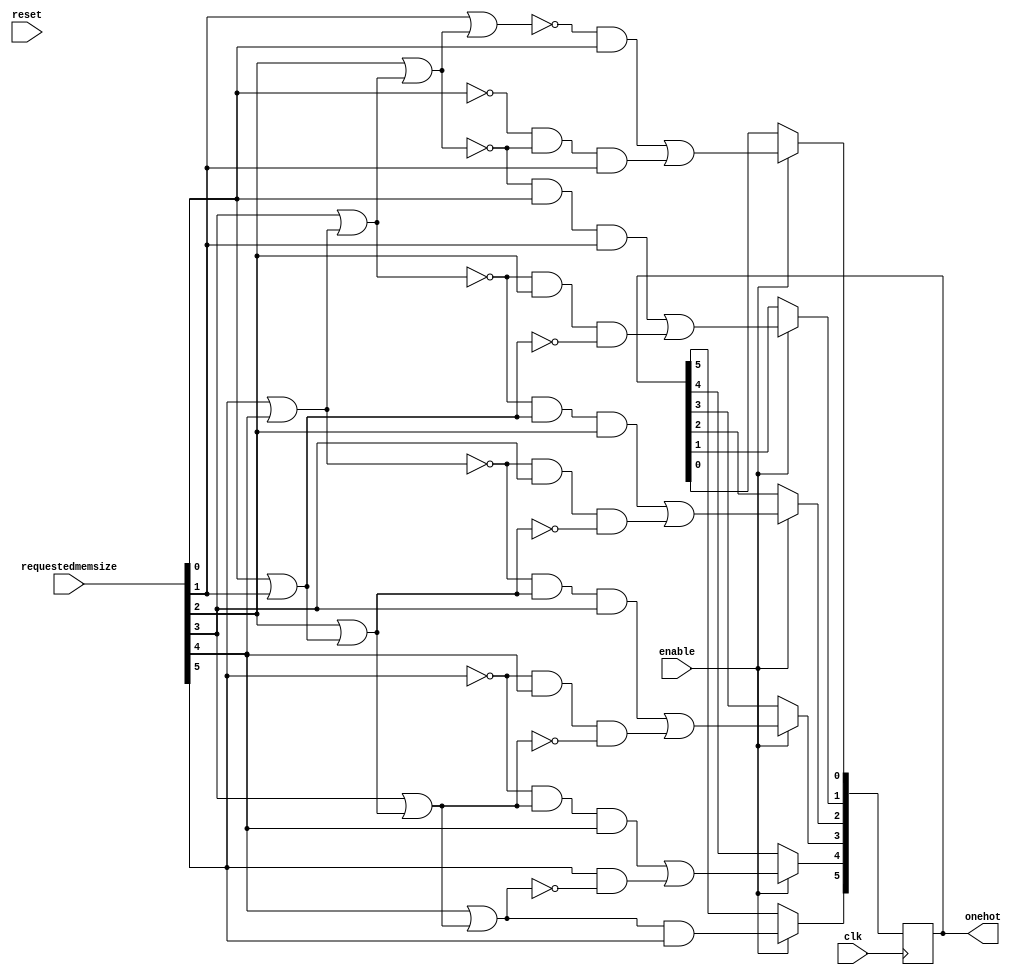
module addressgenerator(input [5:0] requestedmemsize, output [5:0] onehot,input enable,clk,reset);

wire w10,w11,w12,w13; //or gate tree reverse
wire w01,w02, w03,w04; //or gate tree forward

reg [5:0] addr;
assign w10=requestedmemsize[5] | requestedmemsize[4];
assign w11=requestedmemsize[3] | w10;
assign w12=requestedmemsize[2] | w11;
assign w13=requestedmemsize[1] | w12;

assign w00=requestedmemsize[0] | requestedmemsize[1];
assign w01=requestedmemsize[2] | w00;
assign w02=requestedmemsize[3] | w01;
assign w03=requestedmemsize[4] | w02;

always @(posedge clk)
begin
/*if(reset)
begin
addr[0]<=1;
addr[1]<=1;
addr[2]<=1;
addr[3]<=1;
addr[4]<=1;
addr[5]<=1;
end*/
if(enable)
begin
addr[0]<=(~ w13 & requestedmemsize[0] )| (~requestedmemsize[0] & ~ w12 & requestedmemsize[1]);
addr[1]<=(~w12 & requestedmemsize[0] &requestedmemsize[1]) | (~ w11 & requestedmemsize[2] & ~w00);
addr[2]<=(~w11 & w00 & requestedmemsize[2]) | (~w10 & requestedmemsize[3] & ~w01);
addr[3]<=(~w10 & w01 & requestedmemsize[3]) | (~requestedmemsize[5] & requestedmemsize[4] & ~w02);
addr[4]<=(~requestedmemsize[5] & w02 & requestedmemsize[4]) | (requestedmemsize[5] & ~w03);
addr[5]<=(w03 & requestedmemsize[5]) ;
end
end
assign onehot=addr;

//encoder en1(addr, blockaddress);


endmodule